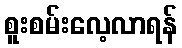
စူးစမ်းလေ့လာရန်